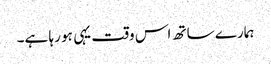
ہمارے ساتھ اس وقت یہی ہو رہا ہے۔